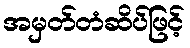
အမှတ်တံဆိပ်ဖြင့်